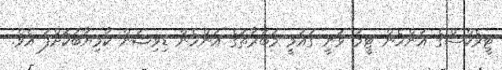
ޓީރެކްސްގެ އަންހެން ޓީމު ވަނީ ގައުމީ މުބާރާތުގެ އަންހެން ޑިވިޝަން ކާމިޔާބުކޮށްފަ އެވެ.